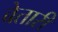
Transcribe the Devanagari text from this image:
बेतारी